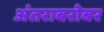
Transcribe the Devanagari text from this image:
अंतराबरोबर